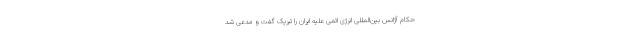
حکام آژانس بین‌المللی انرژی اتمی علیه ایران را تبریک گفت و مدعی شد